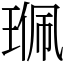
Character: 𤦍